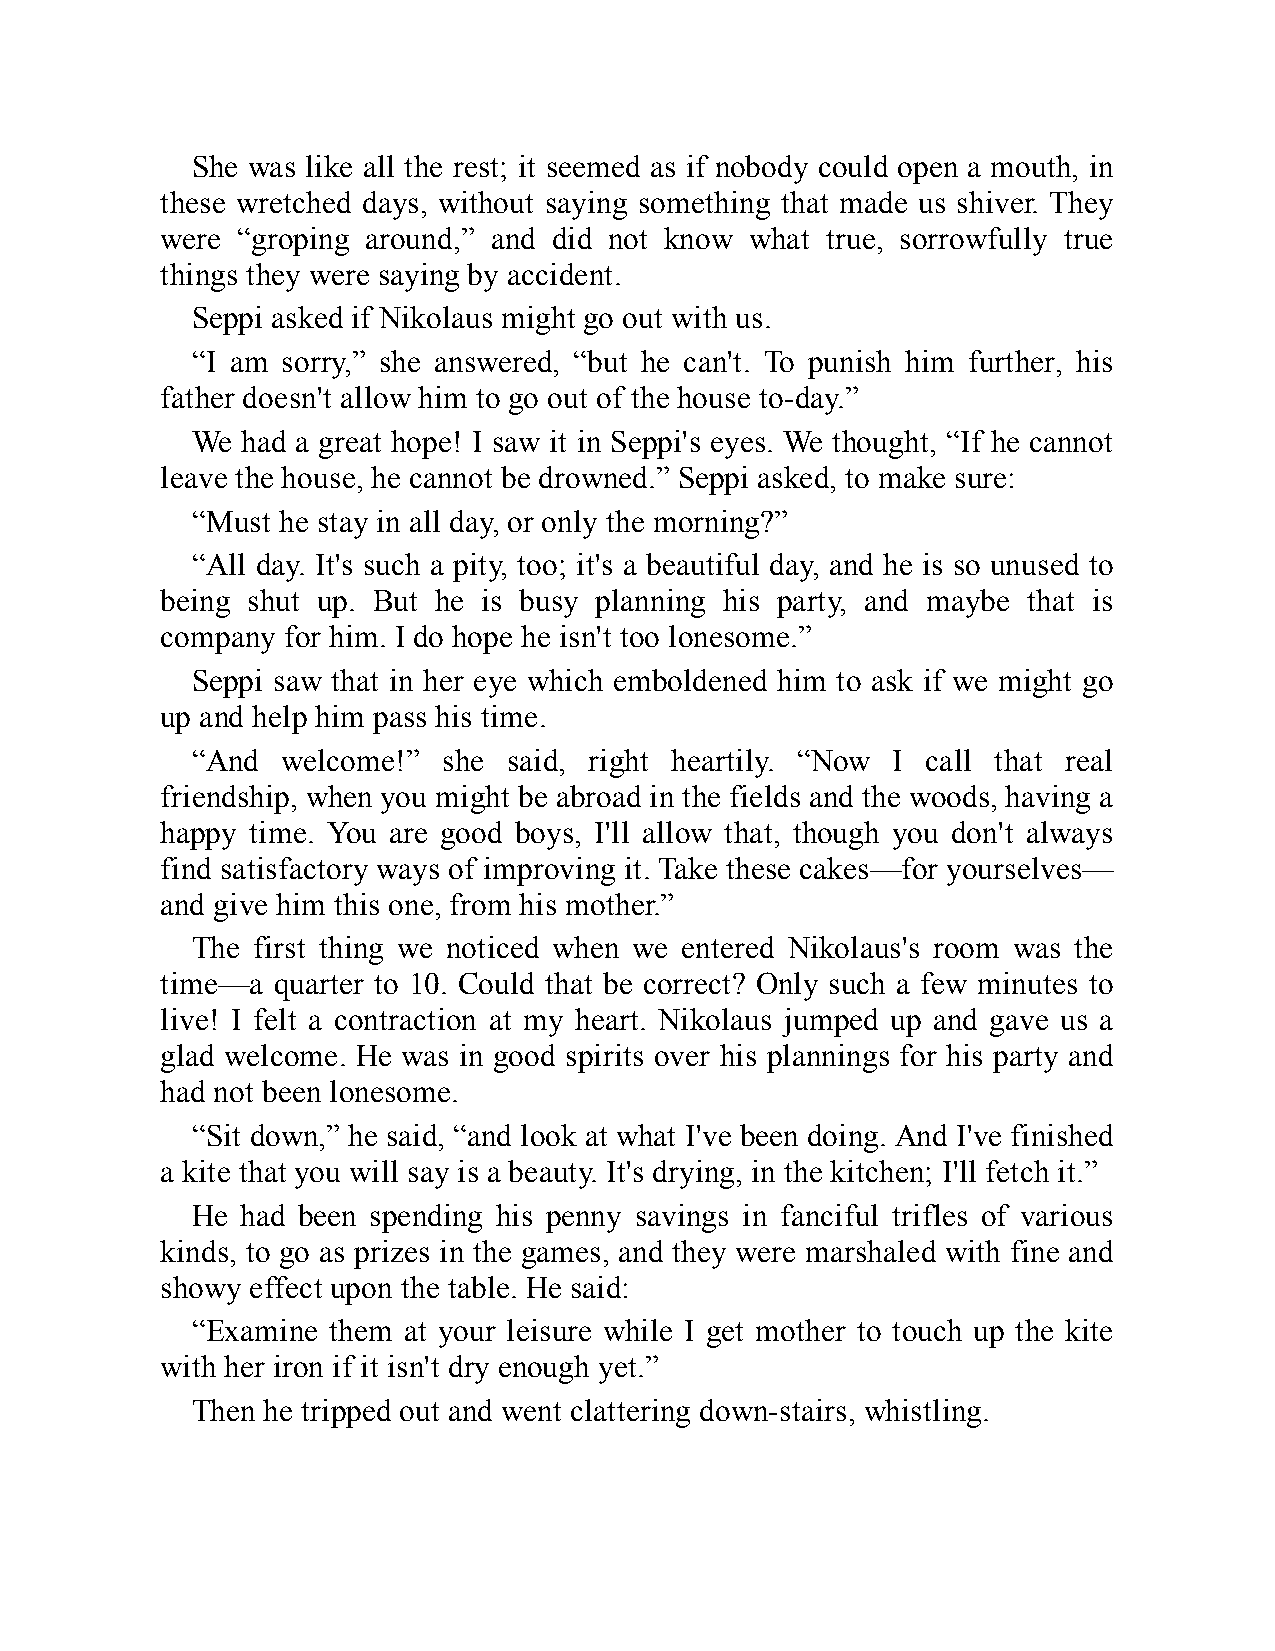
She was like all the rest; it seemed as if nobody could open a mouth, in
 these wretched days, without saying something that made us shiver. They
 were “groping around,” and did not know what true, sorrowfully true
 things they were saying by accident.
 Seppi asked if Nikolaus might go out with us.
 “I am sorry,” she answered, “but he can't. To punish him further, his
 father doesn't allow him to go out of the house to-day.”
 We had a great hope! I saw it in Seppi's eyes. We thought, “If he cannot
 leave the house, he cannot be drowned.” Seppi asked, to make sure:
 “Must he stay in all day, or only the morning?”
 “All day. It's such a pity, too; it's a beautiful day, and he is so unused to
 being shut up. But he is busy planning his party, and maybe that is
 company for him. I do hope he isn't too lonesome.”
 Seppi saw that in her eye which emboldened him to ask if we might go
 up and help him pass his time.
 “And  welcome!” she  said, right heartily. “Now I call that real
 friendship, when you might be abroad in the fields and the woods, having a
 happy time. You are good boys, I'll allow that, though you don't always
 find satisfactory ways of improving it. Take these cakes—for yourselves—
 and give him this one, from his mother.”
 The first thing we noticed when we entered Nikolaus's room was the
 time—a quarter to 10. Could that be correct? Only such a few minutes to
 live! I felt a contraction at my heart. Nikolaus jumped up and gave us a
 glad welcome. He was in good spirits over his plannings for his party and
 had not been lonesome.
 “Sit down,” he said, “and look at what I've been doing. And I've finished
 a kite that you will say is a beauty. It's drying, in the kitchen; I'll fetch it.”
 He had been spending his penny savings in fanciful trifles of various
 kinds, to go as prizes in the games, and they were marshaled with fine and
 showy effect upon the table. He said:
 “Examine them at your leisure while I get mother to touch up the kite
 with her iron if it isn't dry enough yet.”
 Then he tripped out and went clattering down-stairs, whistling.